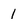
Character: 1